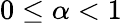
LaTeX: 0\leq\alpha<1